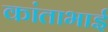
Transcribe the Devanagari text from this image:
कांताभाई